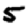
Digit: 5